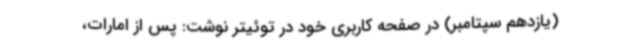
(یازدهم سپتامبر) در صفحه کاربری خود در توئیتر نوشت: پس از امارات،